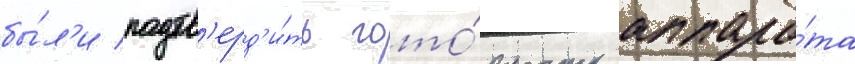
бы́л'и подтв'ерд'и́ть гото́вность аппара́та